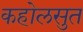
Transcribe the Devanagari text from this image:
कहोलसुत